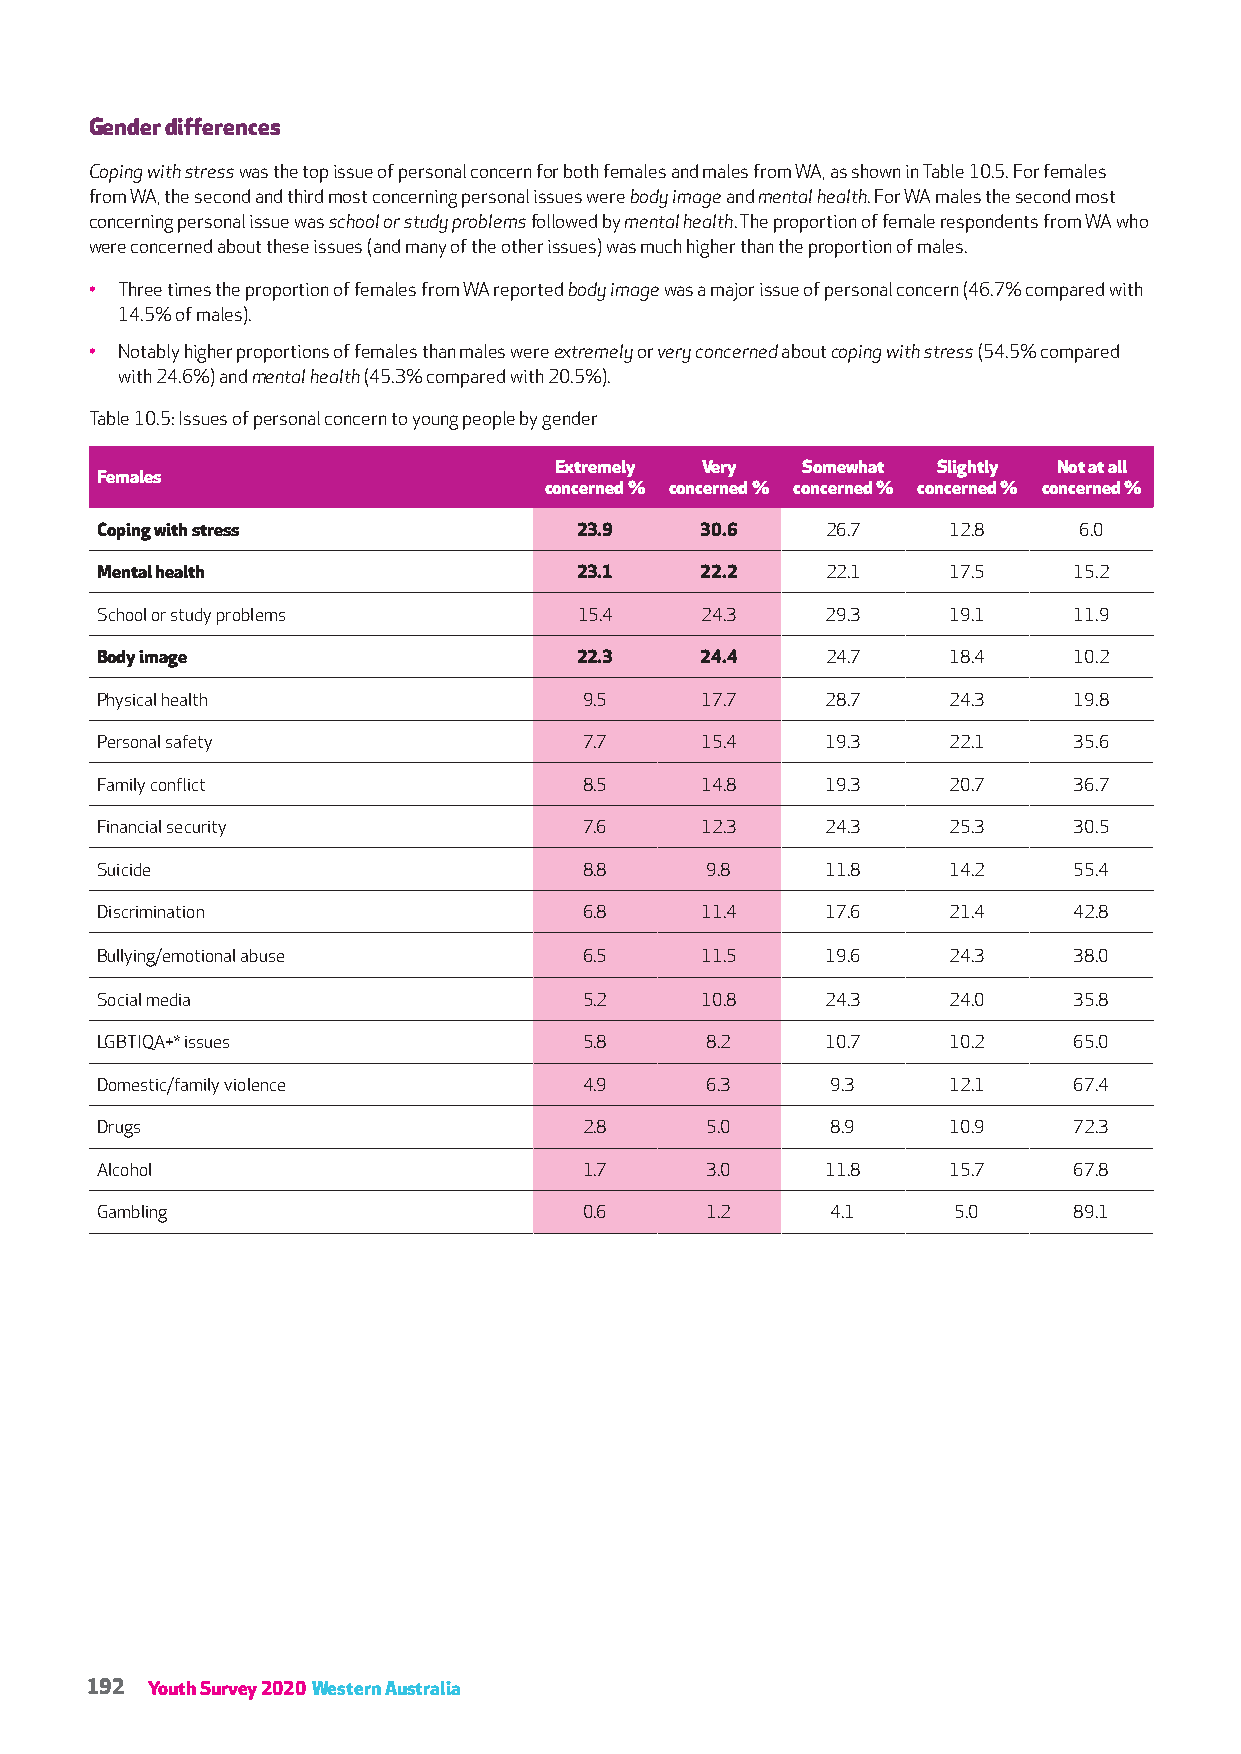
Gender differences
 Coping with stress was the top issue of personal concern for both females and males from WA, as shown in Table 10.5. For females
 from WA, the second and third most concerning personal issues were body image and mental health. For WA males the second most
 concerning personal issue was school or study problems followed by mental health. The proportion of female respondents from WA who
 were concerned about these issues (and many of the other issues) was much higher than the proportion of males.
 • Three times the proportion of females from WA reported body image was a major issue of personal concern (46.7% compared with
 14.5% of males).
 • Notably higher proportions of females than males were extremely or very concerned about coping with stress (54.5% compared
 with 24.6%) and mental health (45.3% compared with 20.5%).
 Table 10.5: Issues of personal concern to young people by gender
 Extremely Very  Somewhat Slightly Not at all
 Females
 concerned % concerned % concerned % concerned % concerned %
 Coping with stress              23.9    30.6     26.7    12.8    6.0
 Mental health                   23.1    22.2     22.1    17.5    15.2
 School or study problems        15.4    24.3     29.3    19.1    11.9
 Body image                      22.3    24.4     24.7    18.4    10.2
 Physical health                  9.5    17.7     28.7    24.3    19.8
 Personal safety                  7.7    15.4     19.3    22.1    35.6
 Family conflict                  8.5    14.8     19.3    20.7    36.7
 Financial security               7.6    12.3     24.3    25.3    30.5
 Suicide                          8.8     9.8     11.8    14.2    55.4
 Discrimination                   6.8    11.4     17.6    21.4    42.8
 Bullying/emotional abuse         6.5    11.5     19.6    24.3    38.0
 Social media                     5.2    10.8     24.3    24.0    35.8
 LGBTIQA+* issues                 5.8     8.2     10.7    10.2    65.0
 Domestic/family violence         4.9     6.3     9.3     12.1    67.4
 Drugs                            2.8     5.0     8.9     10.9    72.3
 Alcohol                          1.7     3.0     11.8    15.7    67.8
 Gambling                         0.6     1.2     4.1     5.0     89.1
 192 Youth Survey 2020 Western Australia